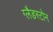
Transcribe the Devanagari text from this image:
ग्‍लैडस्‍टोन